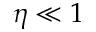
\eta \ll 1